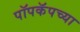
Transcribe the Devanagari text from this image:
पॉपकॅपच्या